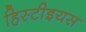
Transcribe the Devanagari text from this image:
हिस्टीइयस